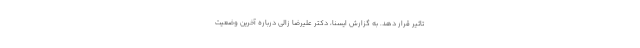
تاثیر قرار دهد. به گزارش ایسنا، ‌دکتر علیرضا زالی درباره آخرین وضعیت